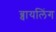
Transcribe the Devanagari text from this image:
ब्वायलिंग